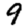
Digit: 9